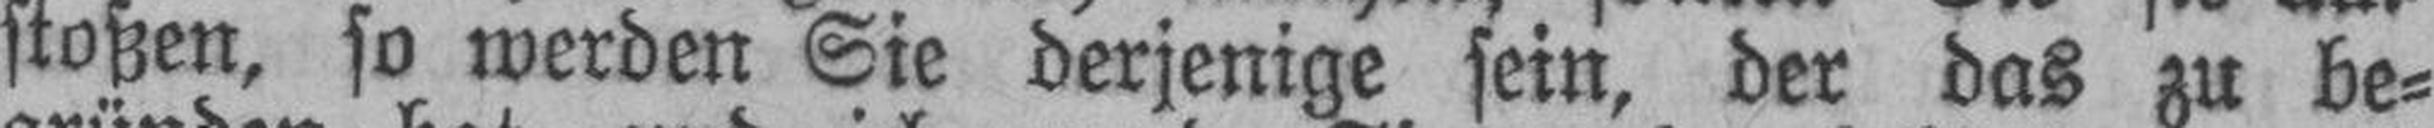
stoßen, so werden Sie derjenige sein, der das zu be¬